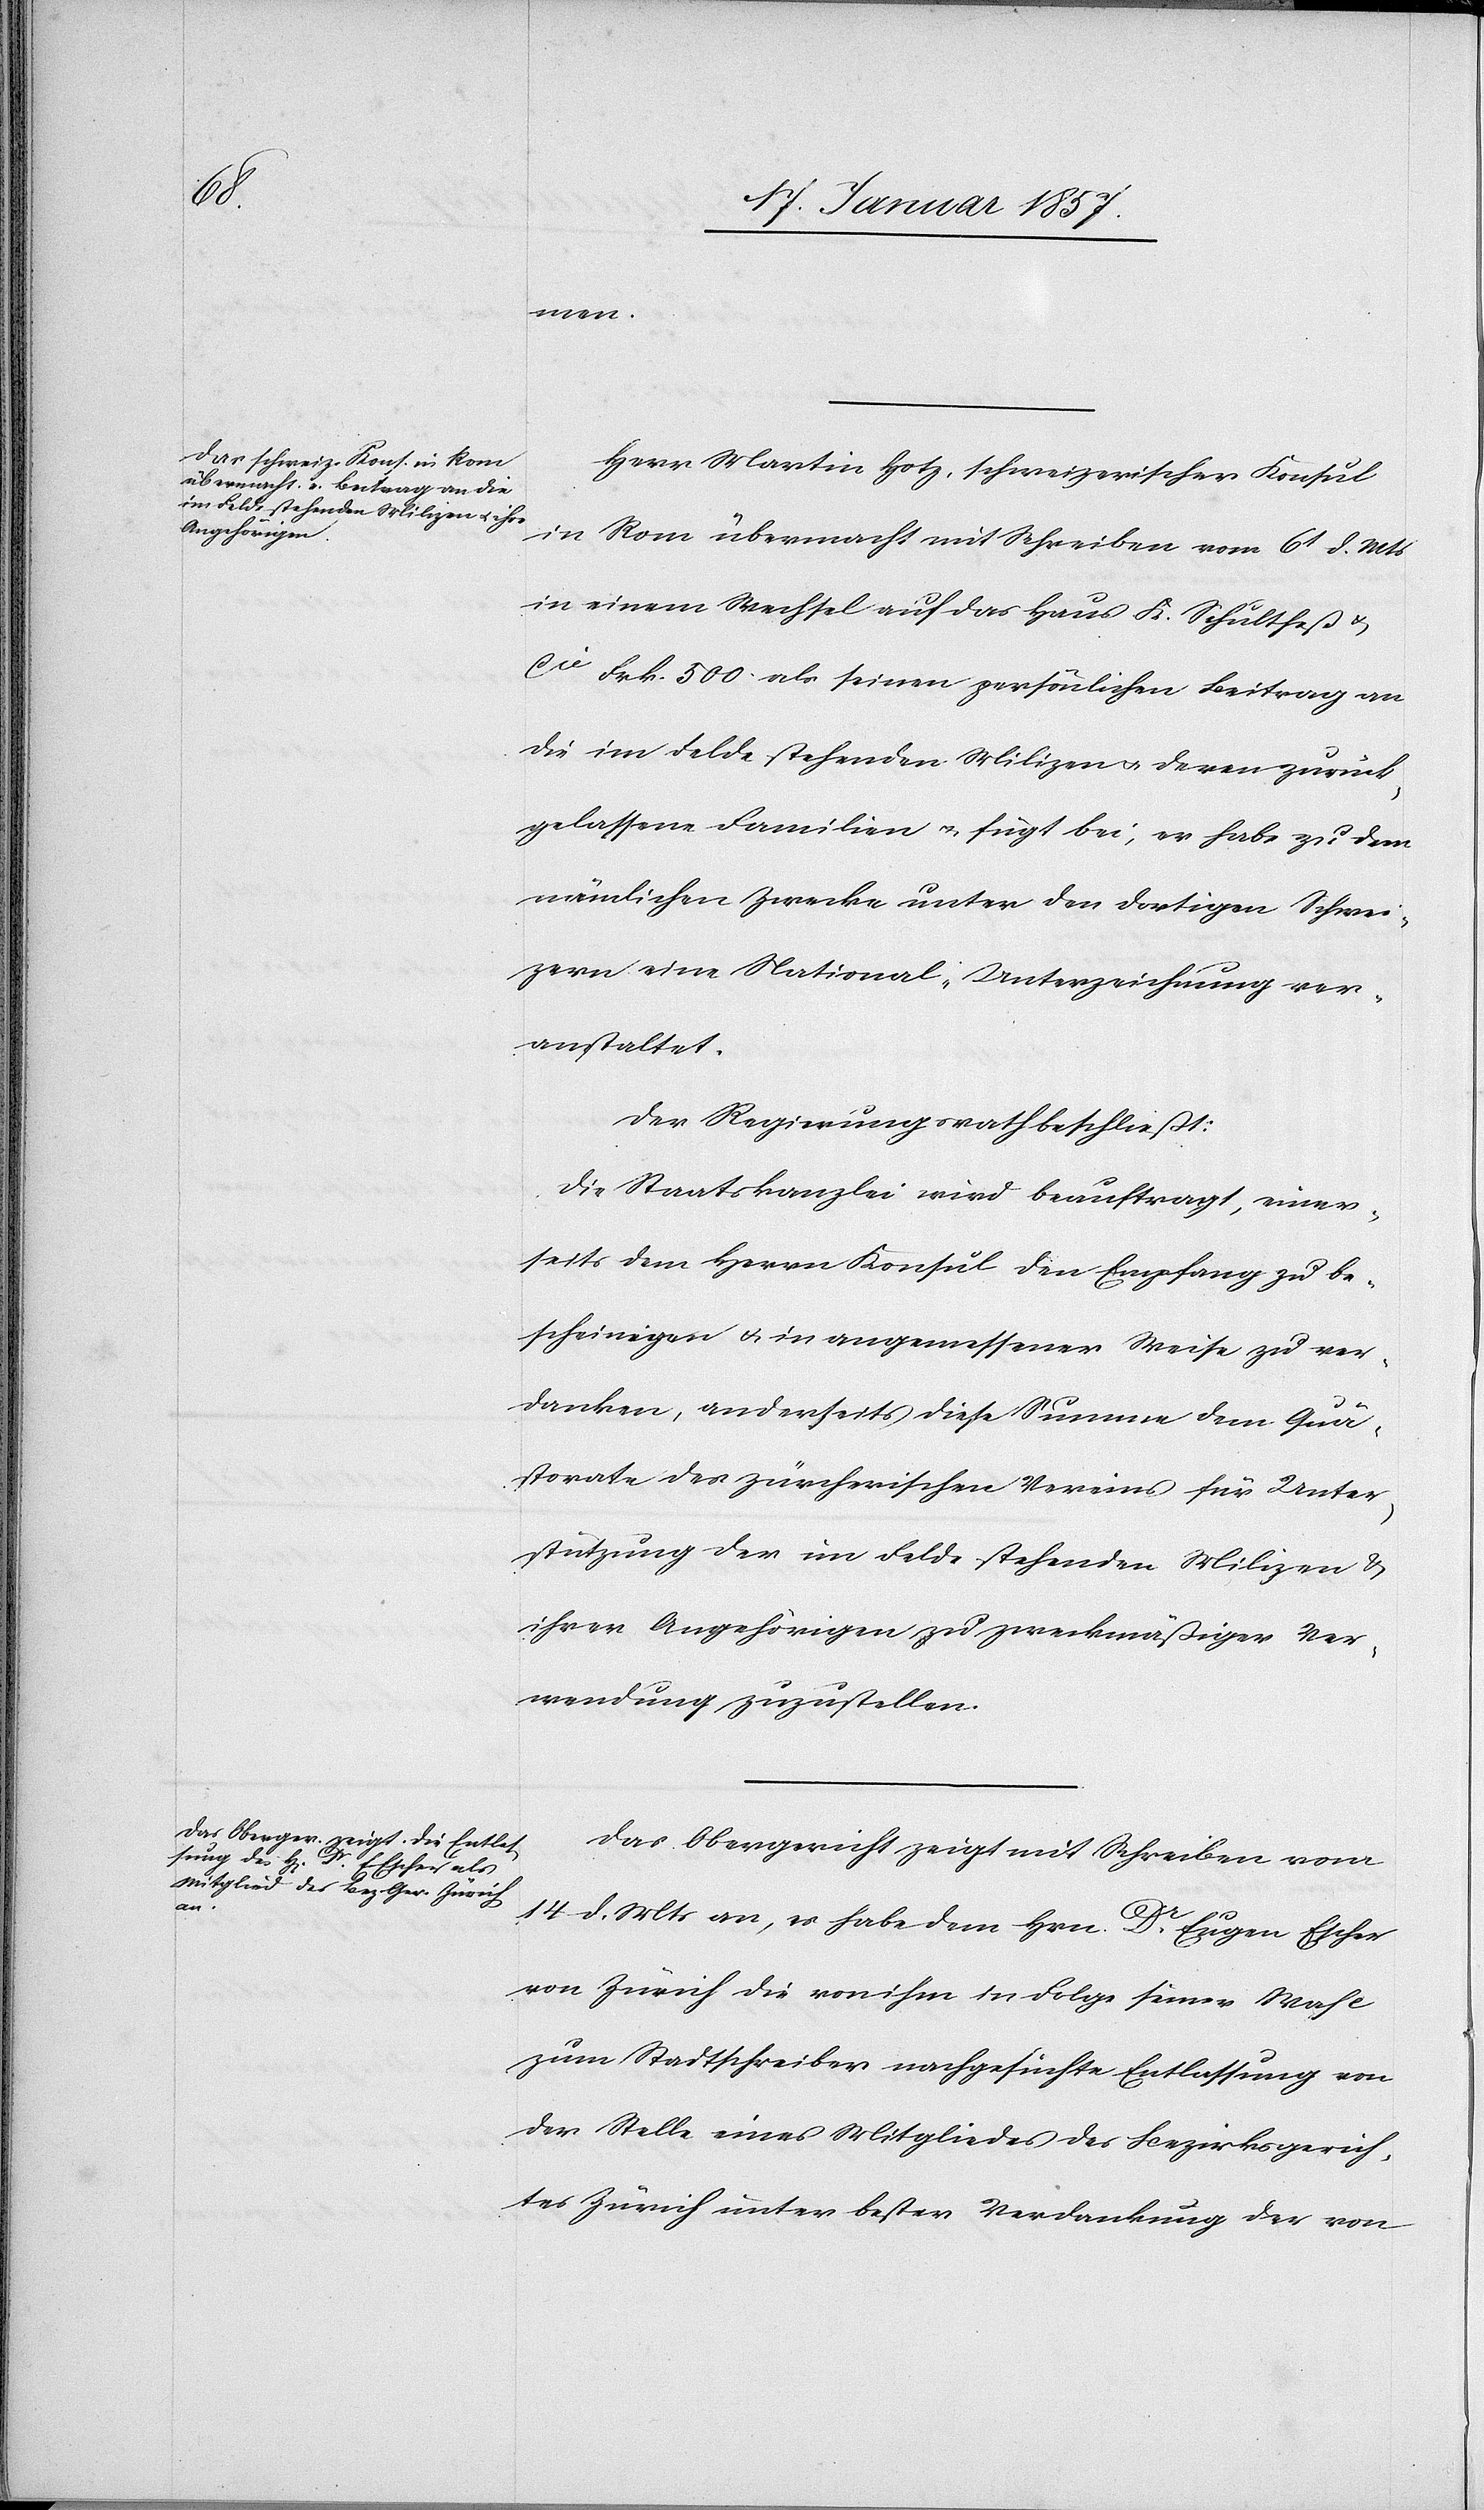
men.
Herr Martin Hotz, schweizerischer Konsul
in Rom übermacht mit Schreiben vom 6t d. Mts
in einem Wechsel auf das Haus K. Schultheß &
Cie Frk. 500 als seinen persönlichen Beitrag an
die im Felde stehenden Milizen u. deren zurück¬
gelassene Familien u. fügt bei, er habe zu dem
nämlichen Zwecke unter den dortigen Schwei¬
zern eine National-Unterzeichnung ver¬
anstaltet.
Der Regierungsrath beschließt:
Die Staatskanzlei wird beauftragt, einer¬
seits dem Herrn Konsul den Empfang zu be¬
scheinigen & in angemessener Weise zu ver¬
danken, anderseits diese Summe dem Quä¬
storate des zürcherischen Vereins für Unter¬
stützung der im Felde stehenden Milizen &
ihrer Angehörigen zu zweckmäßiger Ver¬
wendung zuzustellen.
Das Obergericht zeigt mit Schreiben vom
14 d. Mts an, es habe dem Hrn. Dr. Eugen Escher
von Zürich die von ihm in Folge seiner Wahl
zum Stadtschreiber nachgesuchte Entlassung von
der Stelle eines Mitgliedes des Bezirksgerich¬
tes Zürich unter bester Verdankung der von